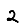
Digit: 2